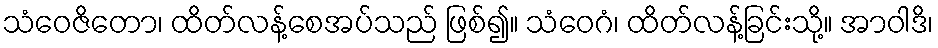
သံဝေဇိတော၊ ထိတ်လန့်စေအပ်သည် ဖြစ်၍။ သံဝေဂံ၊ ထိတ်လန့်ခြင်းသို့။ အာဝါဒိ၊